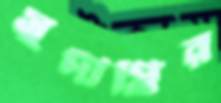
সুদীপ্তির